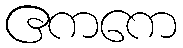
ဧကကေ